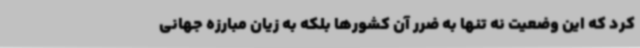
کرد که این وضعیت نه تنها به ضرر آن کشورها بلکه به زیان مبارزه جهانی